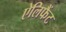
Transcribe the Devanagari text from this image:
ऐलिफैंट